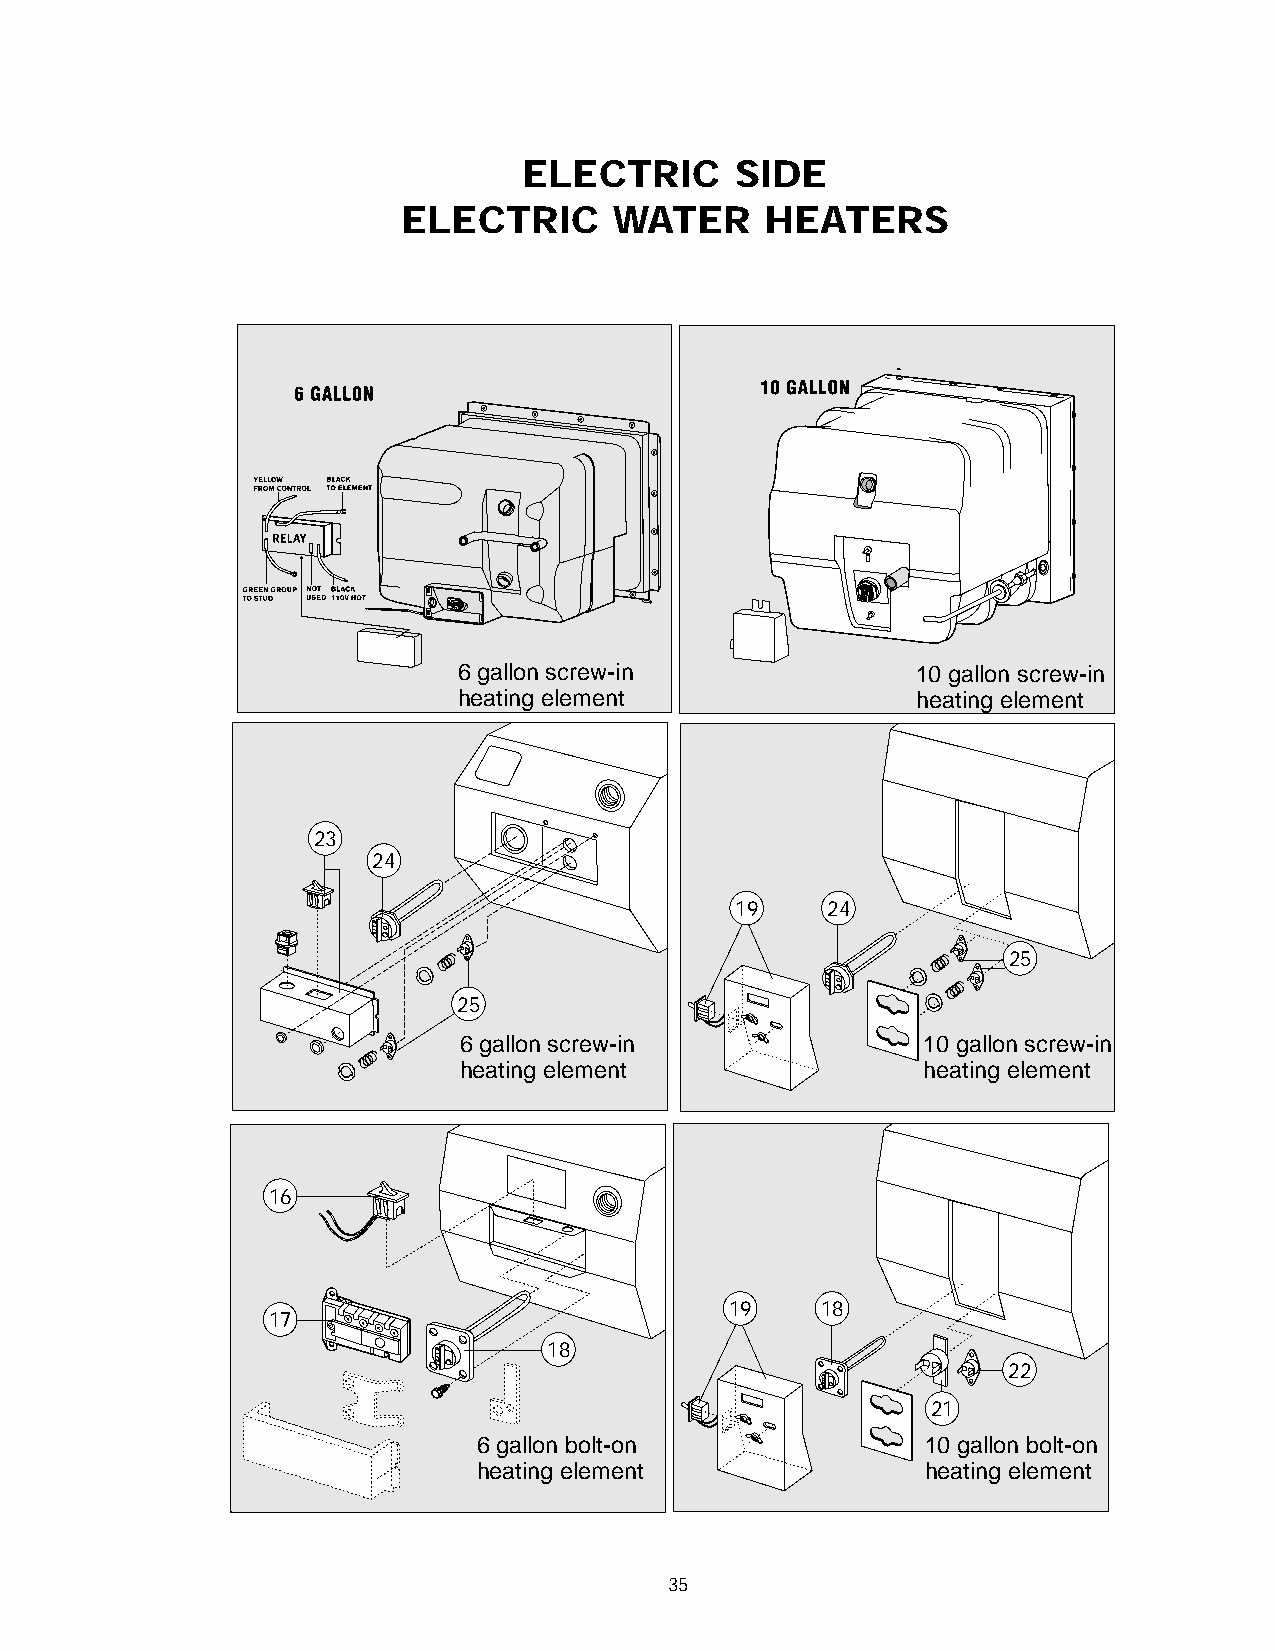
ELECTRIC      SIDE
 ELECTRIC      WATER     HEATERS
 6 gallon screw-in              10 gallon screw-in
 heating element                heating element
 23
 24
 19    24
 25
 25
 6 gallon screw-in              10 gallon screw-in
 heating element                heating element
 16
 19    18
 17
 18
 22
 21
 6 gallon bolt-on             10 gallon bolt-on
 heating element              heating element
 35